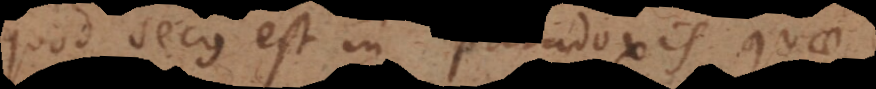
quod secus est in paradoxis quae